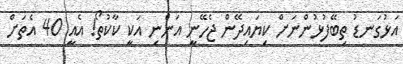
އަޅުގަނޑު ތިބޭފުޅުންނަށް ކިޔައިދޭން ޖެހޭނީ އަންނި އަކީ ކާކުތޯ! އެއީ 40 އެތަށް